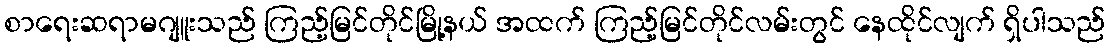
စာရေးဆရာမဂျူးသည် ကြည့်မြင်တိုင်မြို့နယ် အထက် ကြည့်မြင်တိုင်လမ်းတွင် နေထိုင်လျက် ရှိပါသည်